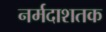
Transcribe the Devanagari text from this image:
नर्मदाशतक